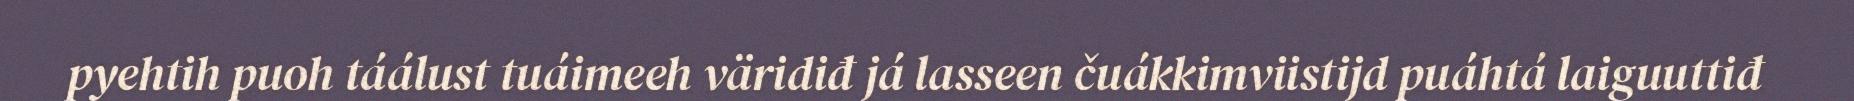
pyehtih puoh táálust tuáimeeh väridiđ já lasseen čuákkimviistijd puáhtá laiguuttiđ